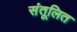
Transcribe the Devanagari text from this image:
संतूलित